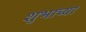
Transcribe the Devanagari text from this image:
शुभाच्या